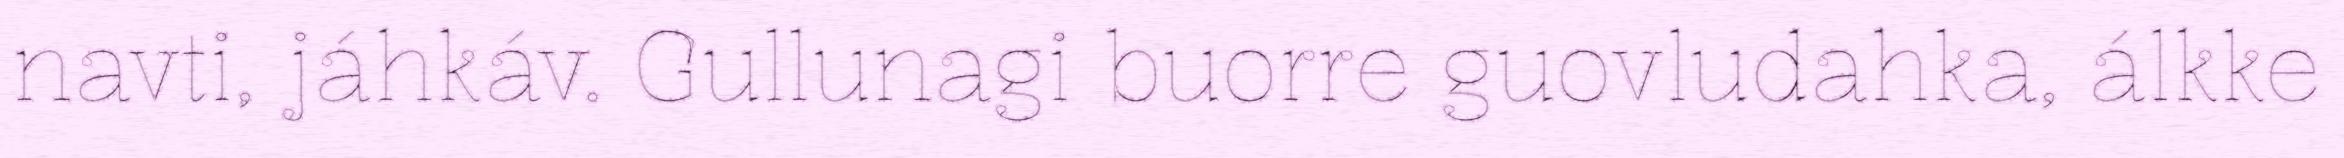
navti, jáhkáv. Gullunagi buorre guovludahka, álkke